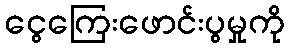
ငွေကြေးဖောင်းပွမှုကို